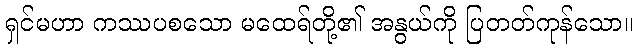
ရှင်မဟာ ကဿပစသော မထေရ်တို့၏ အနွယ်ကို ပြတတ်ကုန်သော။